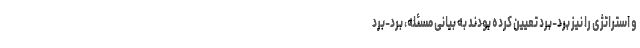
و استراتژی را نیز برد-برد تعیین کرده بودند به بیانی مسئله، برد-برد